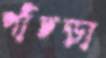
পাঁচড়া